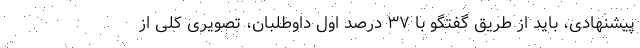
پیشنهادی، باید از طریق گفتگو با ۳۷ درصد اول داوطلبان، تصویری کلی از